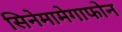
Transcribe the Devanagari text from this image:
सिनेमामेगाफोन